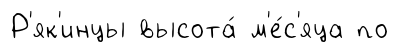
Р'як'инцы высота́ м'е́с'яца по